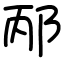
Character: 邴